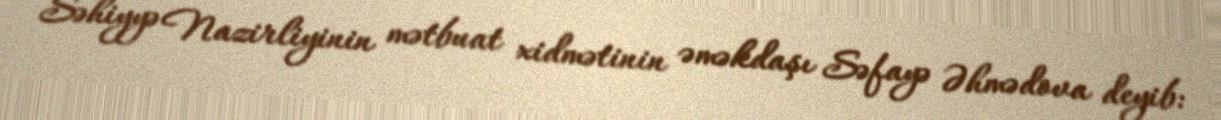
Səhiyyə Nazirliyinin mətbuat xidmətinin əməkdaşı Səfayə Əhmədova deyib: